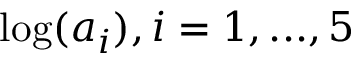
\log ( a _ { i } ) , i = 1 , . . . , 5